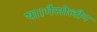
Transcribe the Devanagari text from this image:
था।गैसोलीन